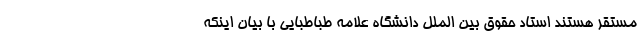
مستقر هستند استاد حقوق بین الملل دانشگاه علامه طباطبایی با بیان اینکه